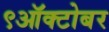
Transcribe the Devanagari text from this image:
९ऑक्टोबर